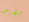
الجرس